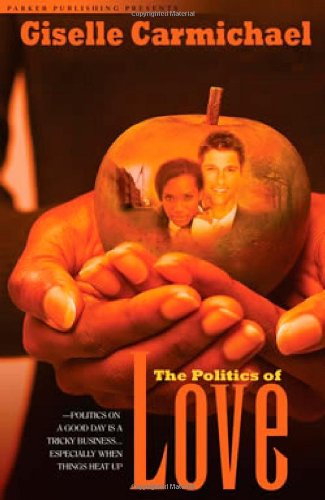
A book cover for The Politics of Love (Noire Fever); Giselle Carmichael; Romance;